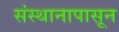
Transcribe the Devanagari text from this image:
संस्थानापासून